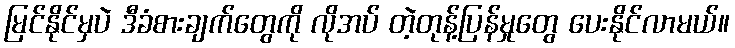
မြင်နိုင်မှပဲ ဒီခံစားချက်တွေကို လိုအပ် တဲ့တုန့်ပြန်မှုတွေ ပေးနိုင်လာမယ်။